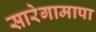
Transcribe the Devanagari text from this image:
सारेगामापा